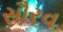
સૌરવ